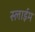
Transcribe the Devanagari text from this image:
स्लाईम